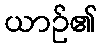
ယာဉ်၏